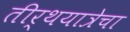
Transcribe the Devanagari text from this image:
तीर्थयात्रेचा